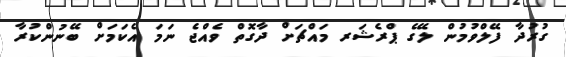
ގުރުދާ ފޭލްވުމުން ލޭގެ ޕްރެޝަރ މައްޗަށް ދާގޮތް ވެއްޖެ ނަމަ އެކަމަށް ބޭނުންކުރާ